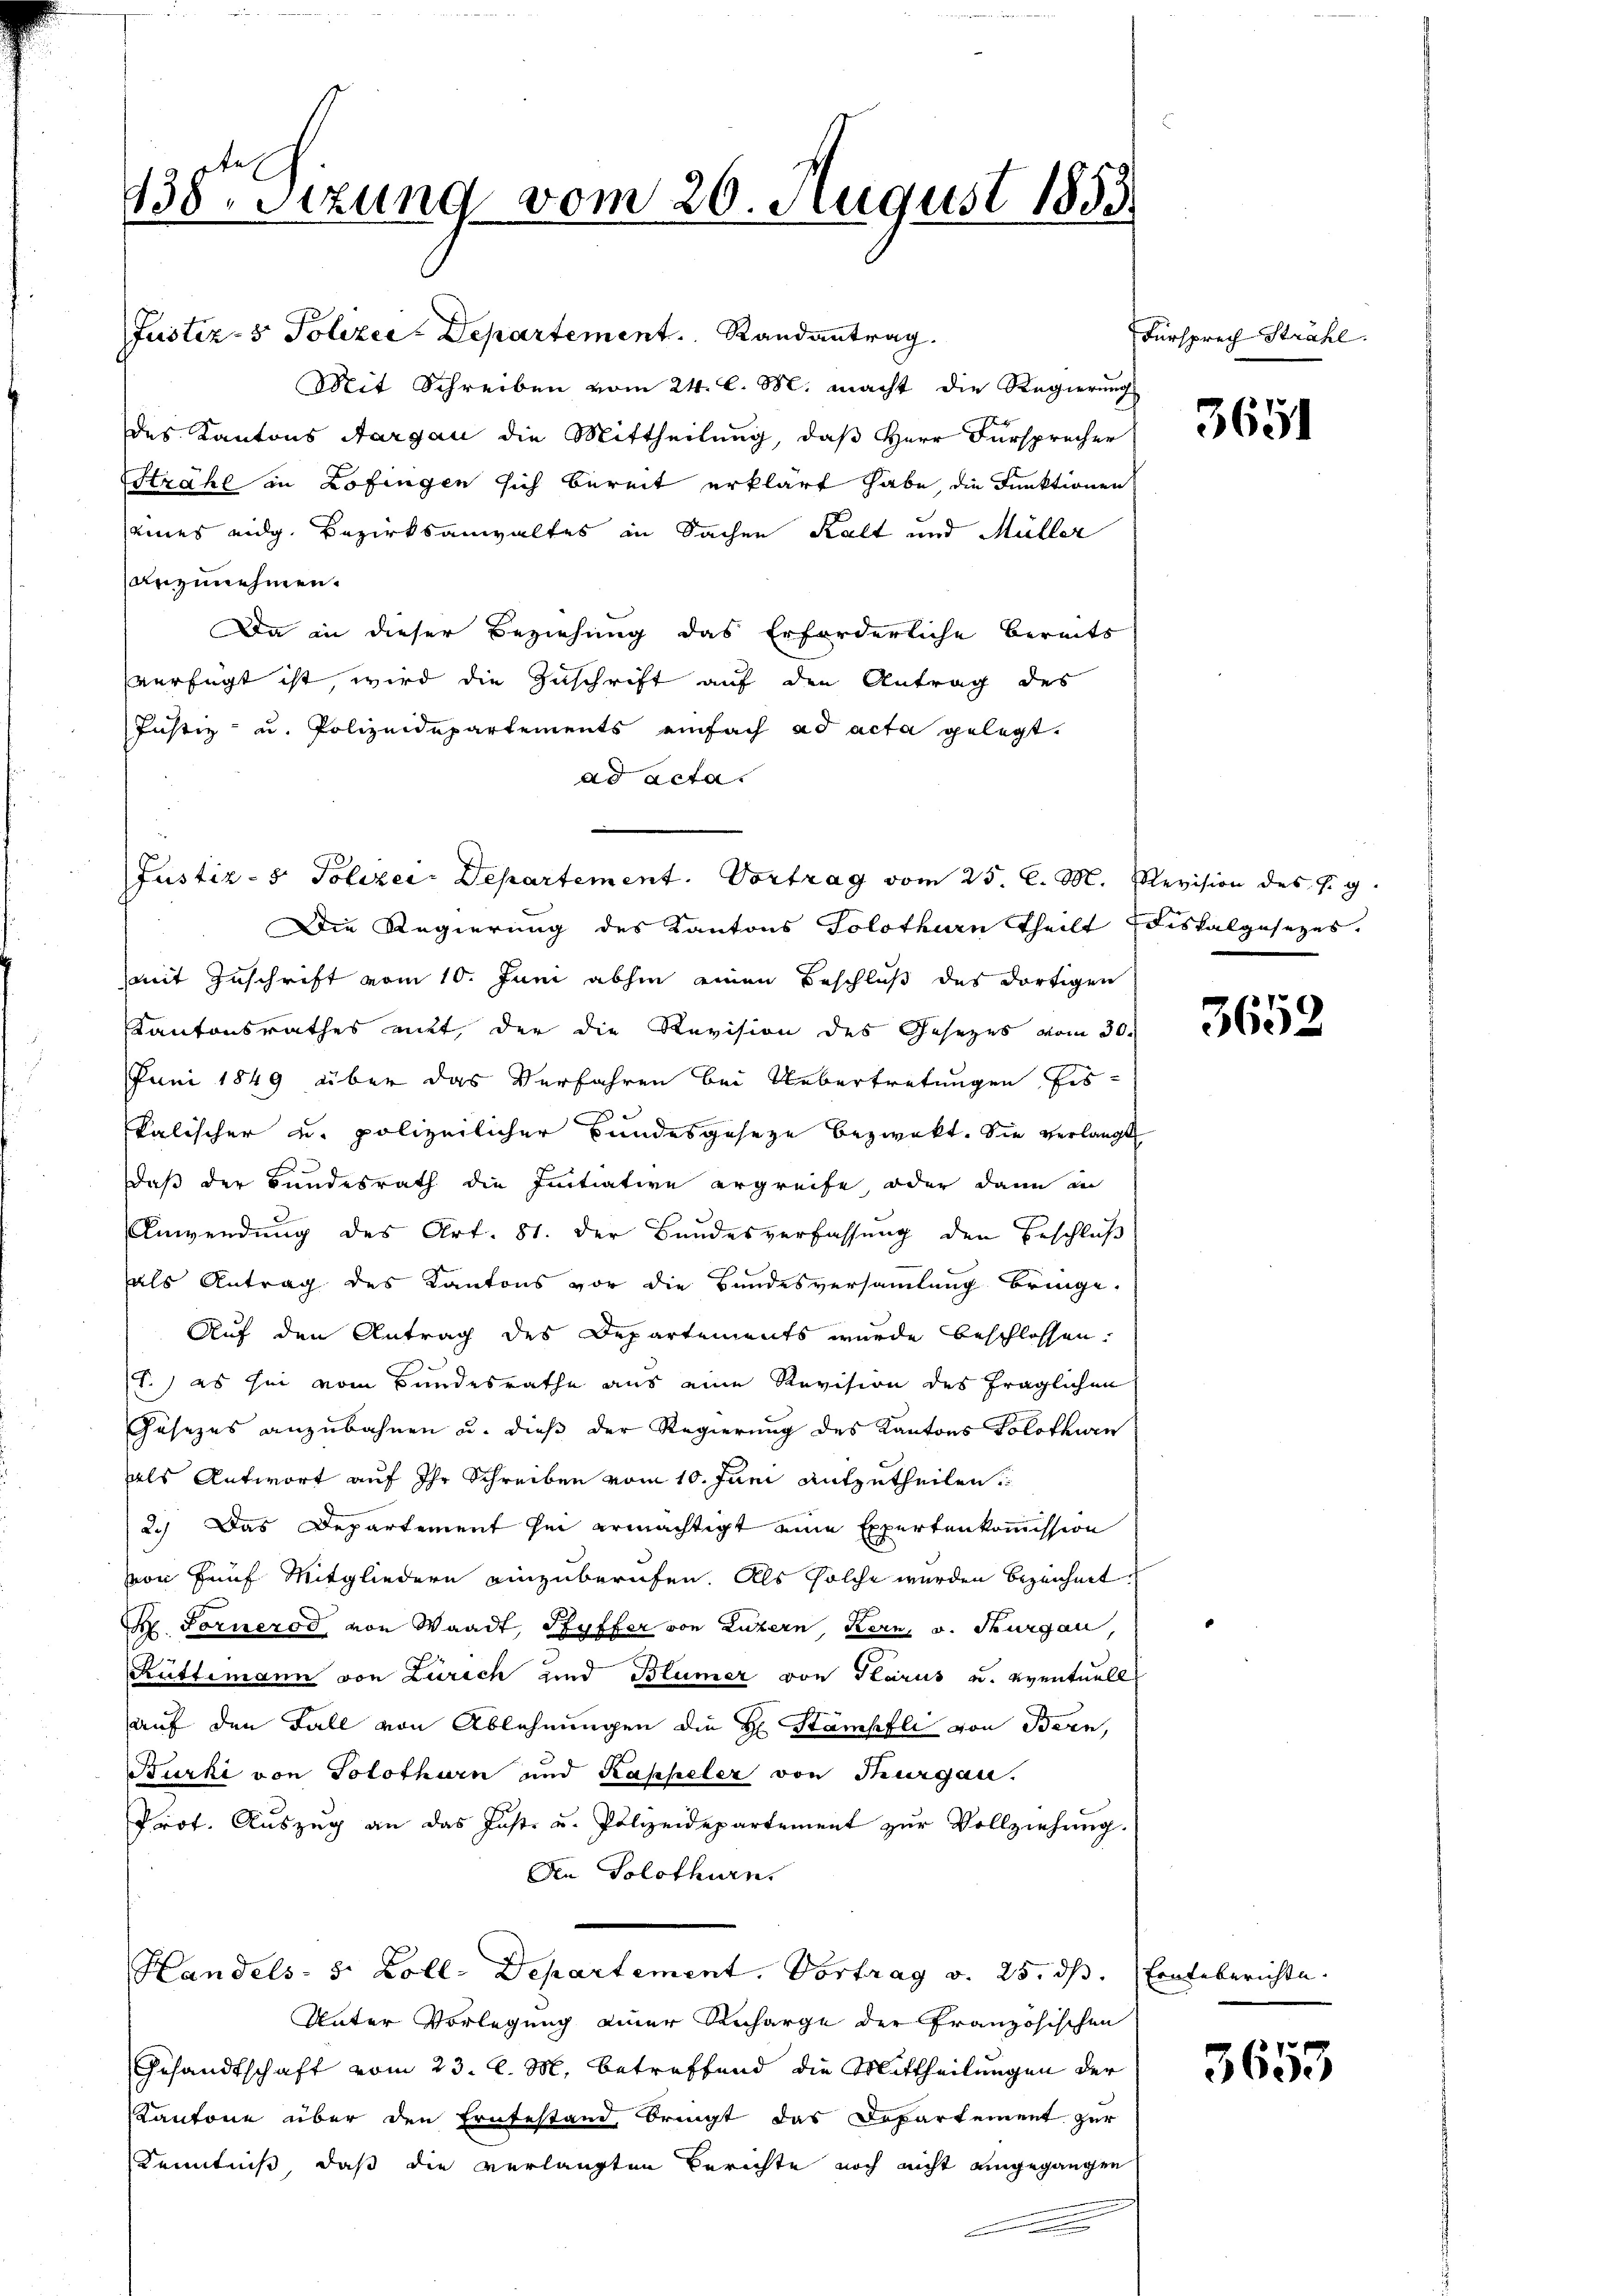
138. Sitzung vom 20. August 1853.

Justiz- & Polizei-Departement ..  Randantrag.
Mit Schreiben vom 24. l. M. macht die Regierung
des Kantons Aargau die Mittheilung, daß Herr Fürsprecher
Strahl in Zofingen sich bereit erklärt habe, die Funktionen
seines eidg. Bezirksanwaltes in Sachen Kalt und Müller
anzunehmen.
Da in dieser Beziehung das Erforderliche bereits
verfügt ist, wird die Zuschrift auf den Antrag des
Justiz- u. Polizeidepartements einfach ad acta gelegt.
ad acta.
Die Regierung des Kantons Solothurn theilt diskalgesetzes.
mit Zuschrift vom 10. Juni abhin einen Beschluß des dortigen
Kantonsrathes mitt, der die Revision des Gesezes vom 30.
Juni 1849 über das Verfahren bei Uebertretungen Eiskalischer u. polizeilicher Bundesgeseze bezweckt. Sie verlangt
Daß der Bundesrath die Initiative ergreife, oder dann in
Anwendung des Art. 81. der Bundesverfassung den Beschluß
als Antrag des Kantons vor die Bundesversammlung bringe.
Auf den Antrag des Departements wurde beschlossen.
s.) es sei vom Bundesrathe aus eine Revision des fraglichen
Güsezes anzubahnen u. dieß der Regierung des Kantons Solothurn
als Antwort auf Ihr Schreiben vom 10. Juni aufzutheilen.
2.) Das Departement sei ermächtigt eine Expertenkommission
von fünf Mitgliedern einzuberufen. Als solche wurden bezeichnet.
F. Fornerod, von Waadt, Ryffer von Luzern Kern, v. Thurgau,
Rüttimann von Zürich und Blümer von Karus u. eventuell
auf den Fall von Ablehnungen die H. Stampfli von Bern,
Burki von Solothurn und Kappeler von Thurgau.
Prot. Auszug an das Justi u. Polizeidepartement zur Vollziehung.
Den Solothurn.
Handels- 5 Zoll-Departement. Vortrag v. 25. ds. Ernteberichte.
Unter Vorlegung einer Richarge der Französischen
Gesandtschaft vom 23. l. M. betreffend die Mittheilungen der
Kantone über den Erntestand, bringt das Departement zur
Kenntniß, daß die verlangten Berichte noch nicht eingegangen

Justiz- & Polizei-Departement. Vortrag vom 25. l. M. Revision des J. g.

Fürsprech Strahl.

3651

3652

3653